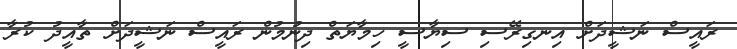
ރައީސް ނަޝީދަށް އިނގިރޭސި ސިޔާސީ ހިމާޔަތް ދިނުމުން ރައީސް ނަޝީދަށް ތާއީދު ކުރާ